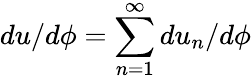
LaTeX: du/d\phi=\sum_{n=1}^{\infty}du_{n}/d\phi